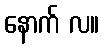
နောက် လ။